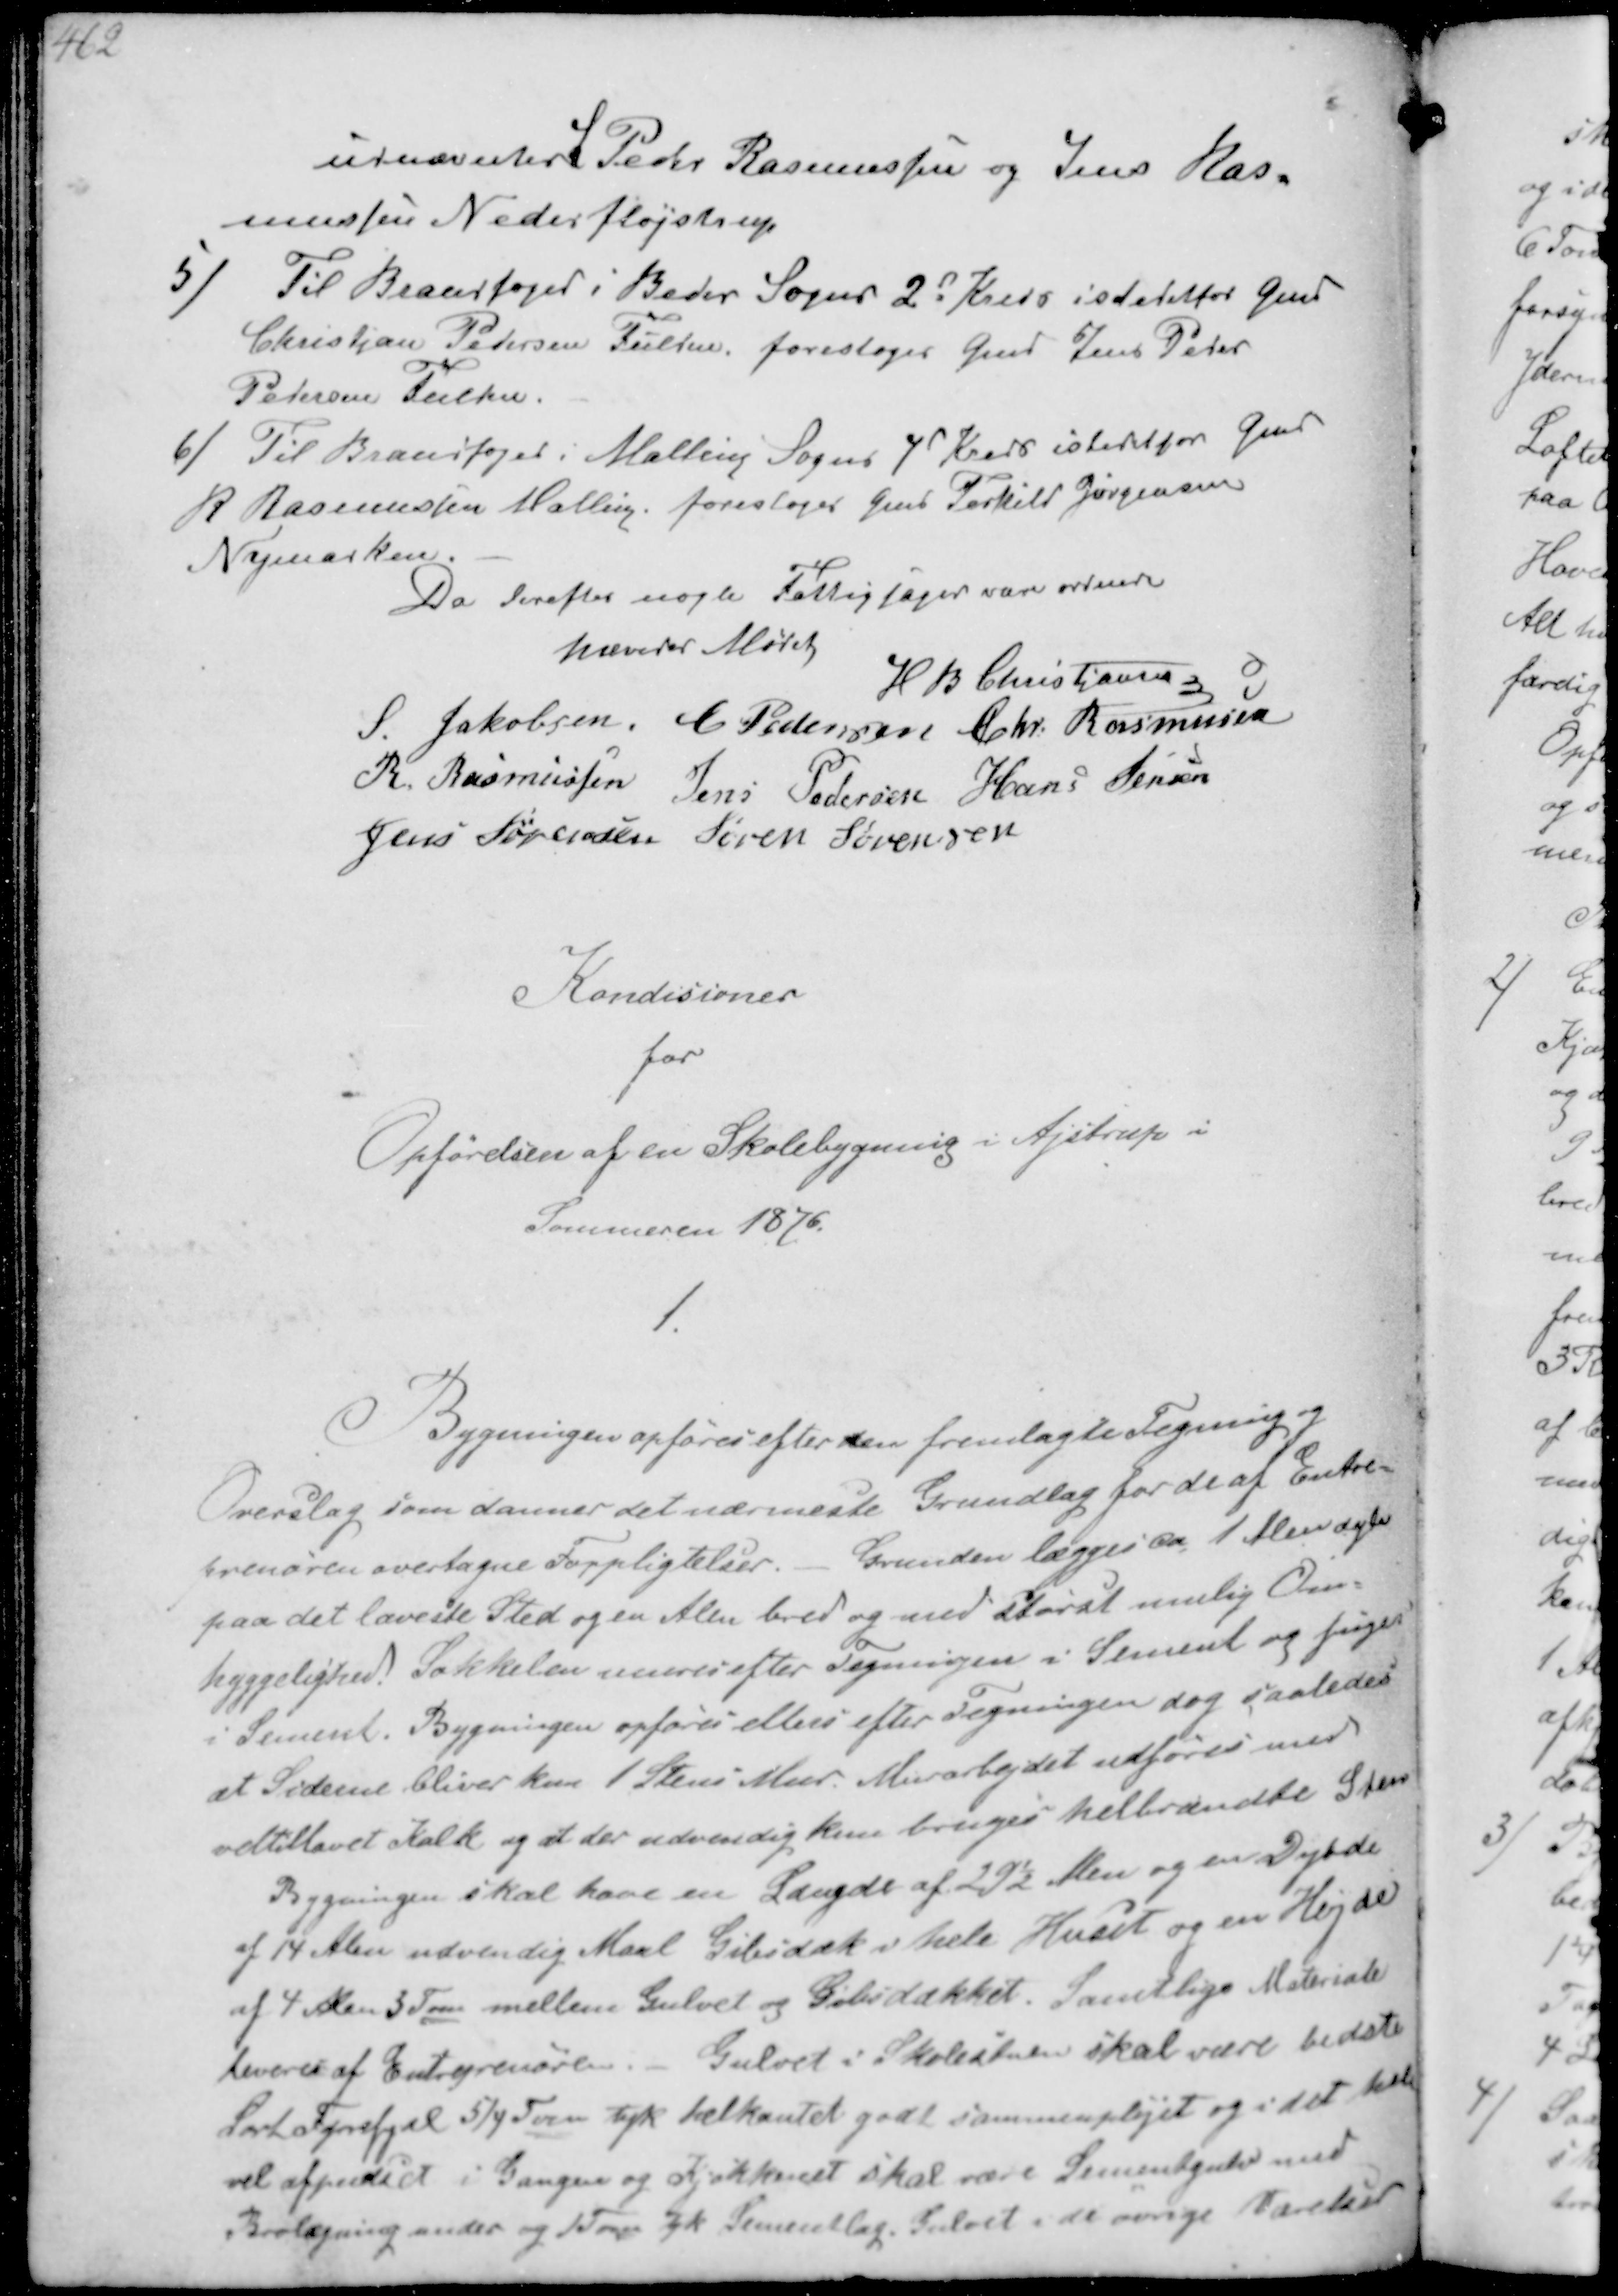
Transskription:
udnævntes S Peder Rasmussen og Jens Ras-
mussen Nederfløjstrup
5/ Til Brandfoged i Beder Sogns 2d Kreds istedetfor Gmd
Christian Pedersen Fulden foresloges Gmd Jens Peder
Pedersen Fulden
6/ Til Brandfoged i Malling Sogns 7d Kreds istedetfor Gmd
R Rasmussen Malling foresloges Gmd Terkild Jørgensen
Nymarken
Da derefter nogle Fattiglager var ordnede
hævedes Mødet
H B Christiansen
S Jakobsen C Pedersen Chr. Rasmussen
R. Rasmussen Jens Pedersen Hans Jensen
Jens Sørensen Søren Sørensen

Kondisioner
for
Opførelsen af en Skolebygning i Ajstrup i
Sommeren 1876.

1
Bygningen opføres efter den fremlagte Tegning og
Overslag som danner det nærmeste Grundlag for de af Entre-
prenøren overtagne Forpligtelser. Grunden lægges ca 1 Alen dyb
paa det laveste Sted og en Alen bred og med størst mulig Om-
hyggelighed. Sokkelen mures efter Tegningen i Sement og fuges
i Sement. Bygningen opføres ellers efter Tegningen dog saaledes
at Siderne bliver kun 1 Stens Mur. Murarbejdet udføres med
veltillavet Kalk og at der udvendig kun bruges helbrændte Sten
Bygningen skal have en Langde af 29½ Alen og en Dytde
af 14 Alen udvendig Maal Gibsdæk i hele Huset og en Højde
af 4 Alen 3 Tom mellem Gulvet og Gibsdækket. Samtlige Materialer
leveres af Entreprenøren.- Gulvet i Skolestuen skal være bedste
Sort Fyrefjæll 5/4 Tom tyk helkantet godt sammenpløjet og i det hele
vel afpudset i Gangen og Kjøkkenet skal være Sementgulv med
Brolægning under og 1 Tom tyk Sementlag, Gulvet de øvrige Værelser